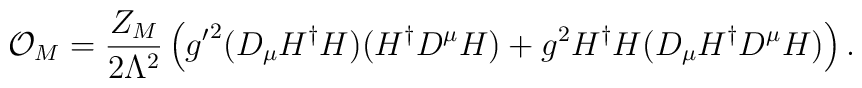
{\cal O}_{M} = \frac{Z_M}{2 \Lambda^2} \left( {g^{\prime}} ^2 ( D_{\mu} H ^{\dagger} H)(H^{\dagger} D^{\mu} H) + g^2 H^{\dagger} H ( D_{\mu} H^{\dagger} D^{\mu} H) \right) .